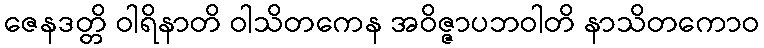
ဇေနဒတ္တိ ဝါရိနာတိ ဝါသိတကေန အဝိဇ္ဇာပဘဝါတိ နာသိတကောဝ